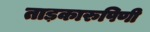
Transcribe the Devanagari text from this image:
ताड़कारुपिणी